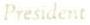
President